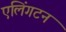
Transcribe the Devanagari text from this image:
एलिंगटन